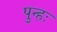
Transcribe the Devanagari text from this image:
पुन्हः